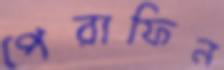
পেরাফিন